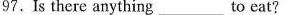
97.Is there anything ___ to eat?